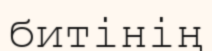
битінің